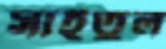
সাইতুল